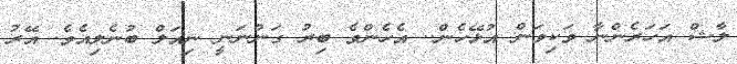
ލާޝް އަހަރެންނާ ވަކިވަން އުޅޭހެން.. އެހެންވެ ބިރު ގަންނަނީ ނިއަލް ބުނެލިއެވެ. އޭރު